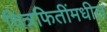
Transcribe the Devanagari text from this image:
चित्रफितींमधील